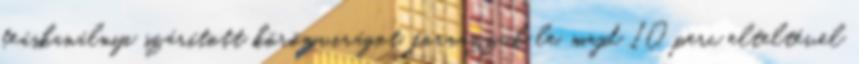
teáskanálnyi szárított körömvirágot, forrázzuk le, majd 10 perc elteltével